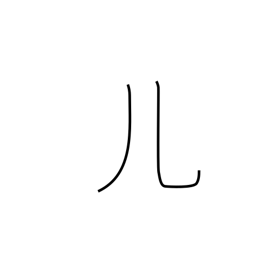
Meaning: legs radical (no. 10)